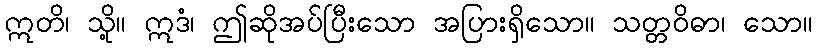
ဣတိ၊ သို့။ ဣဒံ၊ ဤဆိုအပ်ပြီးသော အပြားရှိသော။ သတ္တဝိဓာ၊ သော။